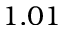
1 . 0 1